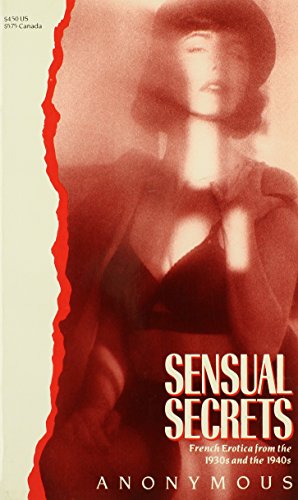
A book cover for Sensual Secrets (Victorian erotic classics); Bill Adler; Romance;